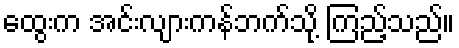
ထွေးက အင်းလျားကန်ဘက်သို့ ကြည့်သည်။